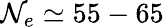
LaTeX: \mathcal{N}_{e}\simeq55-65